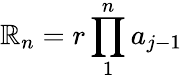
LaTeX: \mathbb{R}_{n}={r\prod_{1}^{n}a_{j-1}}